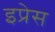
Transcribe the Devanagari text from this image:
इप्रेस